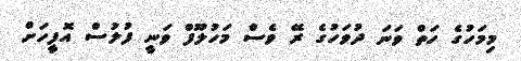
މިމަހުގެ ހަތް ވަނަ ދުވަހުގެ ރޭ ވެސް މަހުލޫފް ވަނީ ފުލުސް އޮފީހަށް